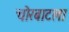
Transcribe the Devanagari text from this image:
चोरबाटला